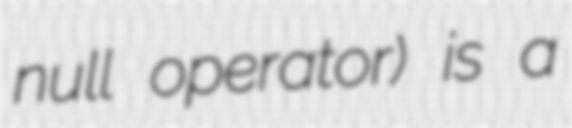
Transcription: null operator) is a